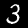
Label: 3